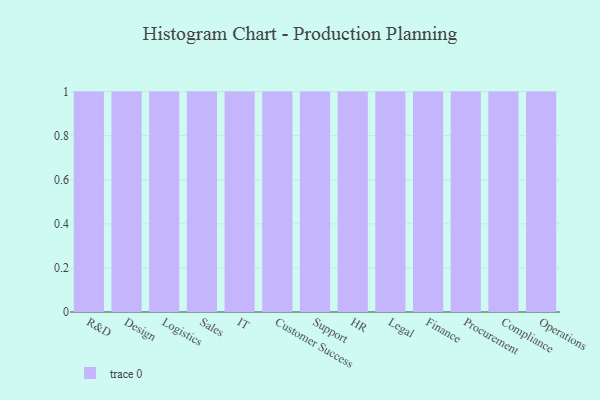
{"axis": {"x": "Department", "y": "Inventory Turnover"}, "legend": [""], "data": [{"x": "R&D", "y": 35, "type": ""}, {"x": "Design", "y": 66, "type": ""}, {"x": "Logistics", "y": 84, "type": ""}, {"x": "Sales", "y": 44, "type": ""}, {"x": "IT", "y": 65, "type": ""}, {"x": "Customer Success", "y": 23, "type": ""}, {"x": "Support", "y": 33, "type": ""}, {"x": "HR", "y": 35, "type": ""}, {"x": "Legal", "y": 96, "type": ""}, {"x": "Finance", "y": 20, "type": ""}, {"x": "Procurement", "y": 39, "type": ""}, {"x": "Compliance", "y": 5, "type": ""}, {"x": "Operations", "y": 17, "type": ""}]}